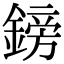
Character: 鎊